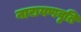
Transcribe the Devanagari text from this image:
नारायणवृति